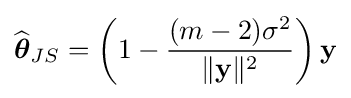
{\widehat {\boldsymbol {\theta }}}_{JS}=\left(1-{\frac {(m-2)\sigma ^{2}}{\|{\mathbf {y} }\|^{2}}}\right){\mathbf {y} }